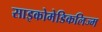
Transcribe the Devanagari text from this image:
साइकोमेडिकलिज्म